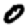
Digit: 0